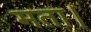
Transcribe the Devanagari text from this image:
मता।